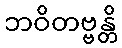
ဘဝိတဗ္ဗန္တိ